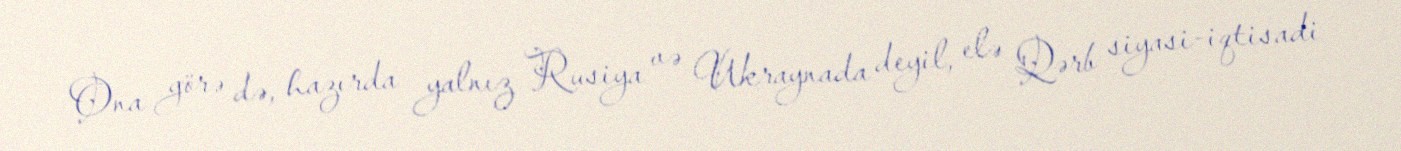
Ona görə də, hazırda yalnız Rusiya və Ukraynada deyil, elə Qərb siyasi-iqtisadi